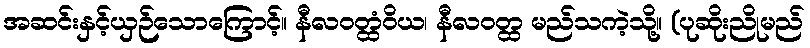
အဆင်းနှင့်ယှဉ်သောကြောင့်။ နီလဝတ္ထံဝိယ၊ နီလဝတ္ထ မည်သကဲ့သို့။ (ပုဆိုးညိုမည်